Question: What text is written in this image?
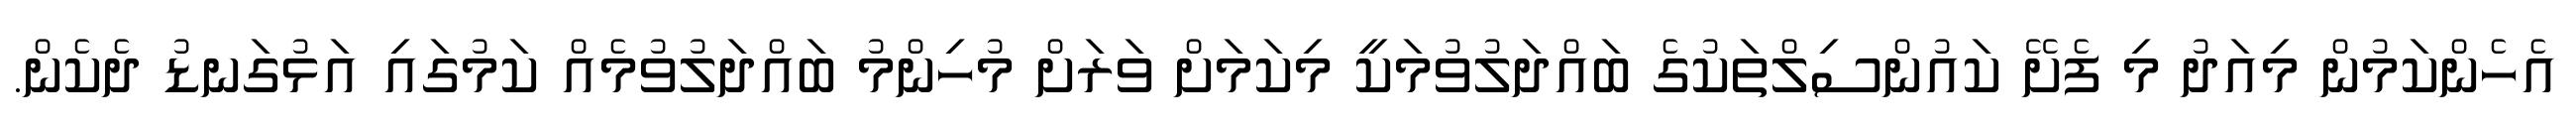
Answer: އެހެންކަމުން މިއަދު މި ފެށޭ ކައުންސިލްތަކުގެ ބައްދަލުވުމަކީ މިކަމަށް ވަރަށް މުހިންމު ބައްދަލުވުމެއް ކަމުގައި އަޅުގަނޑު ދެކެން.